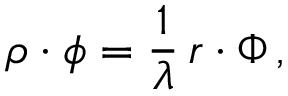
\boldsymbol \rho \boldsymbol \cdot \boldsymbol \phi = { \frac { 1 } { \lambda } } \, \boldsymbol r \boldsymbol \cdot \boldsymbol \Phi \, ,